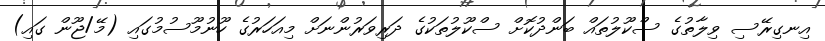
އިނގިރޭސި ވިލާތުގެ ސްކޫލުތައް ބަންދުކޮށް ސްކޫލުތަކުގެ ދަރިވަރުންނަށް މިއަހަރުގެ ހޫނުމޫސުމުގައި (މޭ/ޖޫން ގައި)